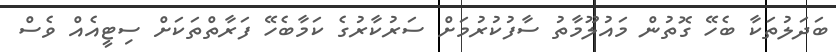
ބަދަލުތަކާ ބެހޭ ގޮތުން މައުލޫމާތު ސާފުކުރުމަށް ސަރުކާރުގެ ކަމާބެހޭ ފަރާތްތަކަށް ސިޓީއެއް ވެސް